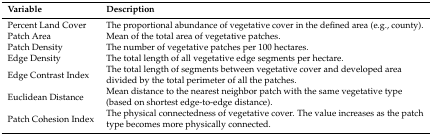
<table><thead><tr><td><b>Variable</b></td><td><b>Description</b></td></tr></thead><tbody><tr><td>Percent Land Cover</td><td>The proportional abundance of vegetative cover in the defined area (e.g., county).</td></tr><tr><td>Patch Area</td><td>Mean of the total area of vegetative patches.</td></tr><tr><td>Patch Density</td><td>The number of vegetative patches per 100 hectares.</td></tr><tr><td>Edge Density</td><td>The total length of all vegetative edge segments per hectare. </td></tr><tr><td>Edge Contrast Index</td><td>The total length of segments between vegetative cover and developed area divided by the total perimeter of all the patches. </td></tr><tr><td>Euclidean Distance</td><td>Mean distance to the nearest neighbor patch with the same vegetative type (based on shortest edge-to-edge distance).</td></tr><tr><td>Patch Cohesion Index</td><td>The physical connectedness of vegetative cover. The value increases as the patch type becomes more physically connected.</td></tr></tbody></table>